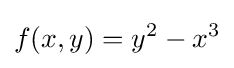
f(x,y)=y^{2}-x^{3}